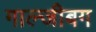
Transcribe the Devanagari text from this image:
गाल्जीबग